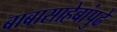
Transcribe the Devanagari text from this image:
बाबासाहेबांपुढे